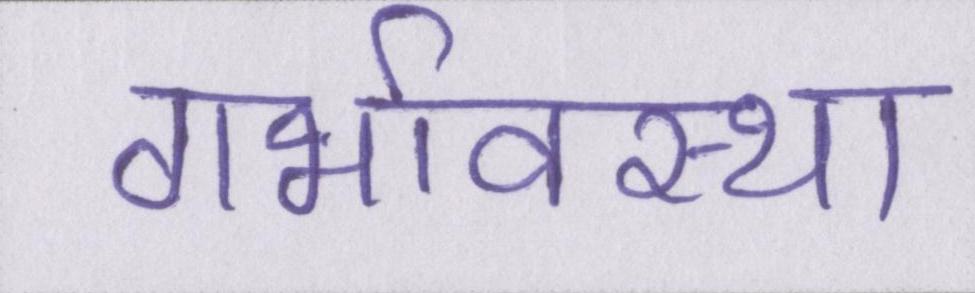
गर्भावस्था